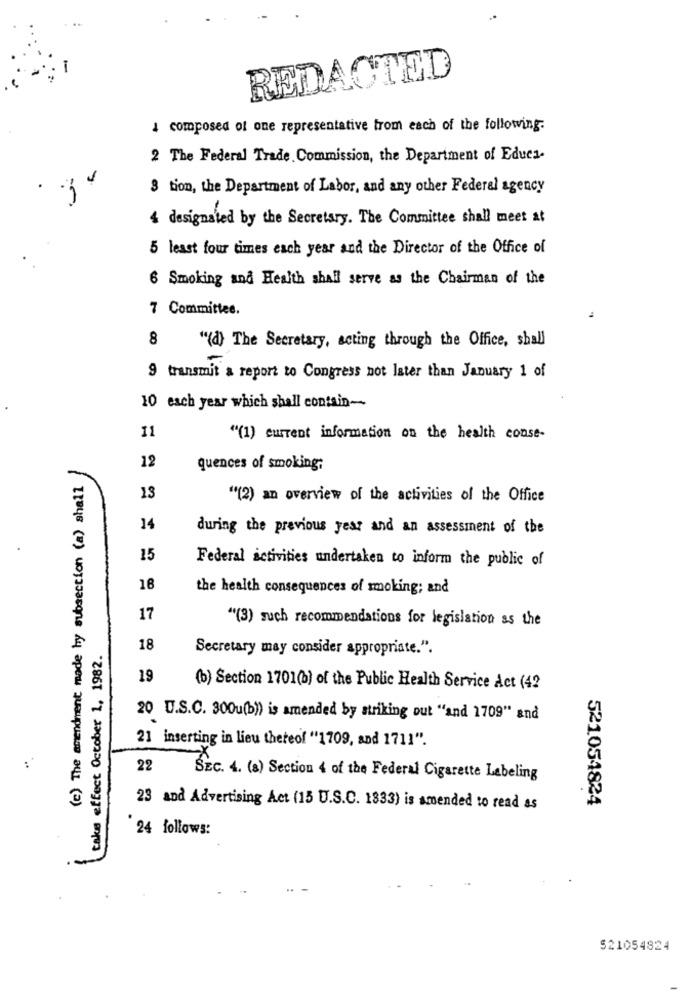
REDACTED
4 composed of one representative from each of the following.
2 The Federal Trade Commission, the Department of Educa-
3 tion, the Department of Labor, and any other Federal agency
4 designated by the Secretary. The Committee shall meet at
5 least four times each year and the Director of the Office of
.
6 Smoking and Health shall serve as the Chairman of the
7 Committee.
8
"(d) The Secretary, acting through the Office, shall
9 transmit a report to Congress not later than January 1 of
10 each year which shall contain-
11
"(1) current information on the health conse-
12
quences of smoking;
(c) The amendment made by subsection (a) shall
13
""(2) an overview of the activities of the Office
14
during the previous year and an assessment of the
15
Federal activities undertaken to inform the public of
18
the health consequences of smoking; and
17
"(3) such recommendations for legislation as the
take effect October 1, 1982.
18
Secretary may consider appropriate.".
19
(b) Section 1701(b) of the Public Health Service Act (4?
20 U.S.C. 30Ou(b) is amended by striking out "and 1709" and
21 inserting in lieu thereof "1709, and 1711".
22
SEC. 4. (a) Section 4 of the Federal Cigarette Labeling
521051824
23 and Advertising Act (15 U.S.C. 1833) is amended to read as
24 follows:
521054824